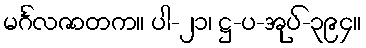
မင်္ဂလဇာတက။ ပါ-၂၁၊ ဋ္ဌ-ပ-အုပ်-၃၉၄။